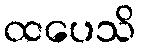
ထပေသိ